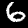
Label: 6